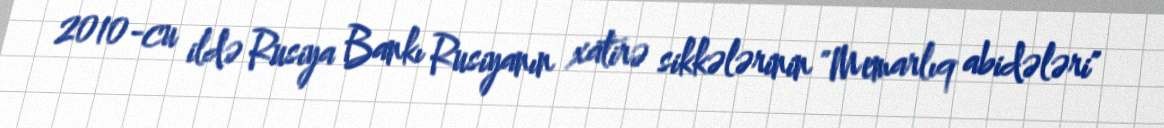
2010-cu ildə Rusiya Bankı Rusiyanın xatirə sikkələrinin "Memarlıq abidələri"